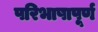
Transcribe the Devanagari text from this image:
परिभाषापूर्ण